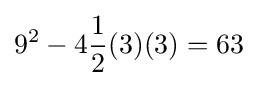
9^{2}-4{\frac {1}{2}}(3)(3)=63